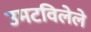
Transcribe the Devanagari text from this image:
उमटविलेले